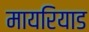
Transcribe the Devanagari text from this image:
मायरियाड